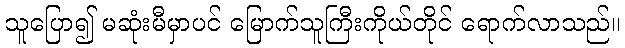
သူပြော၍ မဆုံးမီမှာပင် မြောက်သူကြီးကိုယ်တိုင် ရောက်လာသည်။